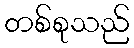
တစ်စုသည်